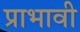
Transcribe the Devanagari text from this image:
प्राभावी